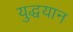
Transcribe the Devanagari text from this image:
युद्धयान